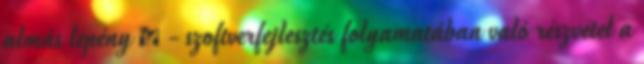
almás lepény » - szoftverfejlesztés folyamatában való részvétel a